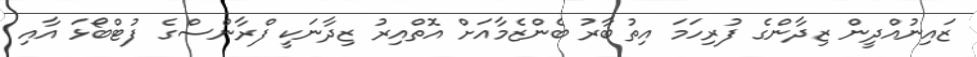
ޒައިނުއްދީން ޒިދާންގެ ފުރިހަމަ އިތުބާރު ބެންޒެމާއަށް އޮތްއިރު ޒިދާނަކީ ފްރާންސްގެ ފުޓްބޯޅަ އާއި